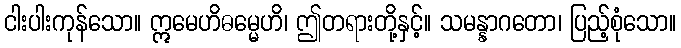
ငါးပါးကုန်သော။ ဣမေဟိဓမ္မေဟိ၊ ဤတရားတို့နှင့်။ သမန္နာဂတော၊ ပြည့်စုံသော။